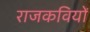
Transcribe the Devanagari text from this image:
राजकवियों